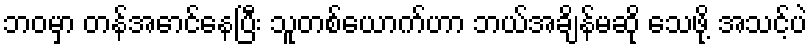
ဘဝမှာ တန်အောင်နေပြီး သူတစ်ယောက်ဟာ ဘယ်အချိန်မဆို သေဖို့ အသင့်ပဲ